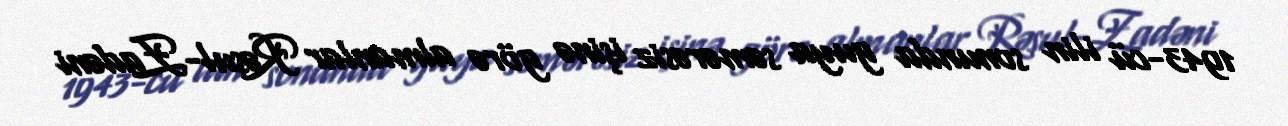
1943-cü ilin sonunda guya səmərəsiz işinə görə almanlar Rəsul-Zadəni